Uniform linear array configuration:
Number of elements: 4
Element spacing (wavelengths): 0.75
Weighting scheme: kaiser
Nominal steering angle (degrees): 15
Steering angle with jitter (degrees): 16.975
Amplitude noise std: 0.05
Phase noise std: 0.05

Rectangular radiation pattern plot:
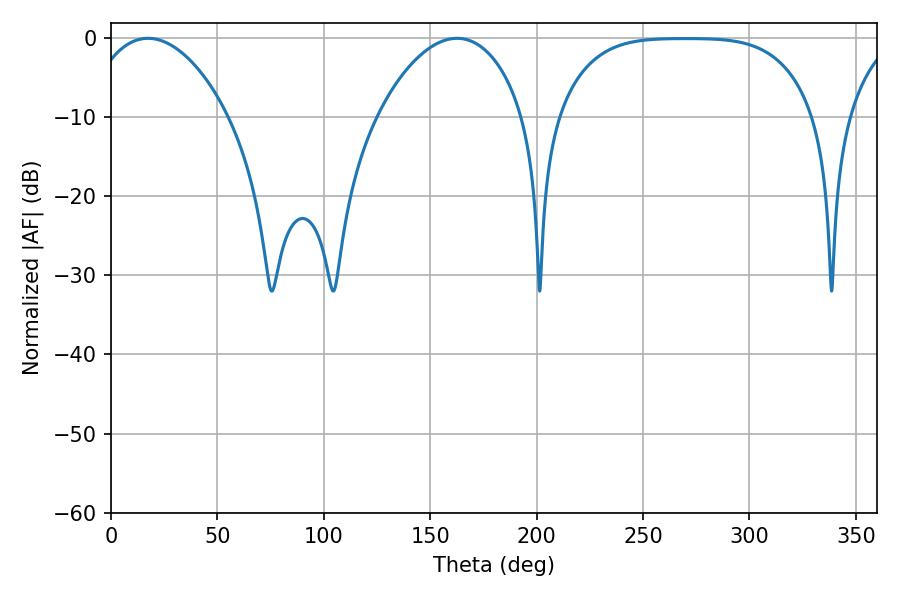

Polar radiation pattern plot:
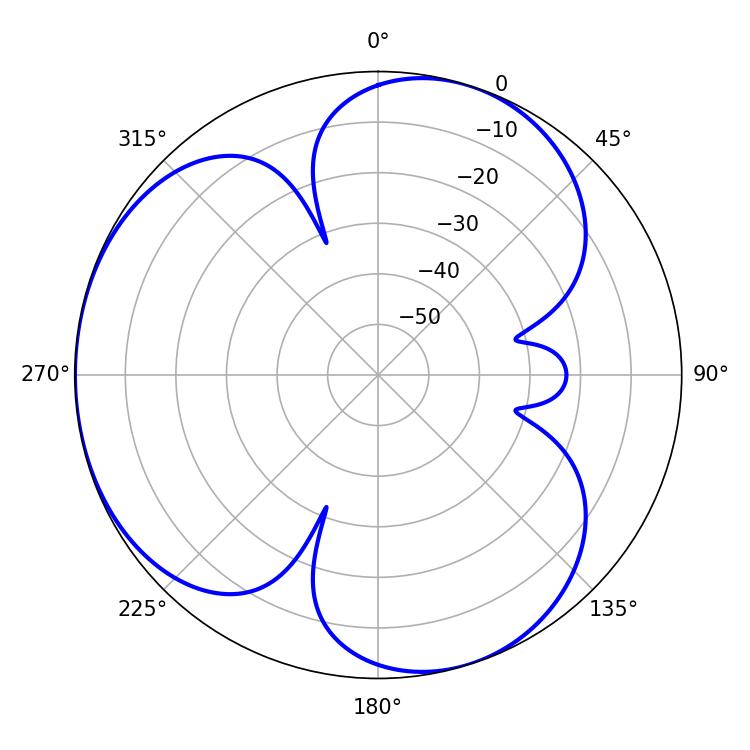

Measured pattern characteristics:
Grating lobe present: TRUE
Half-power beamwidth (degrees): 37.98
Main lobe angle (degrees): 17.46